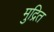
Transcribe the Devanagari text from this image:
मुद्रित